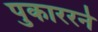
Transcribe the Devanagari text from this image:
पुकाररने